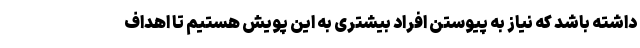
داشته باشد که نیاز به پیوستن افراد بیشتری به این پویش هستیم تا اهداف